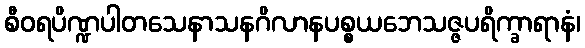
စီဝရပိဏ္ဍပါတသေနာသနဂိလာနပစ္စယဘေသဇ္ဇပရိက္ခာရာနံ၊